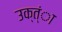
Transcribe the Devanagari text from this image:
उक्त्ंा